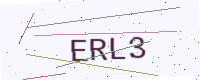
Text: ERL3